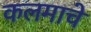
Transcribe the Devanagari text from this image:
कलमाचे